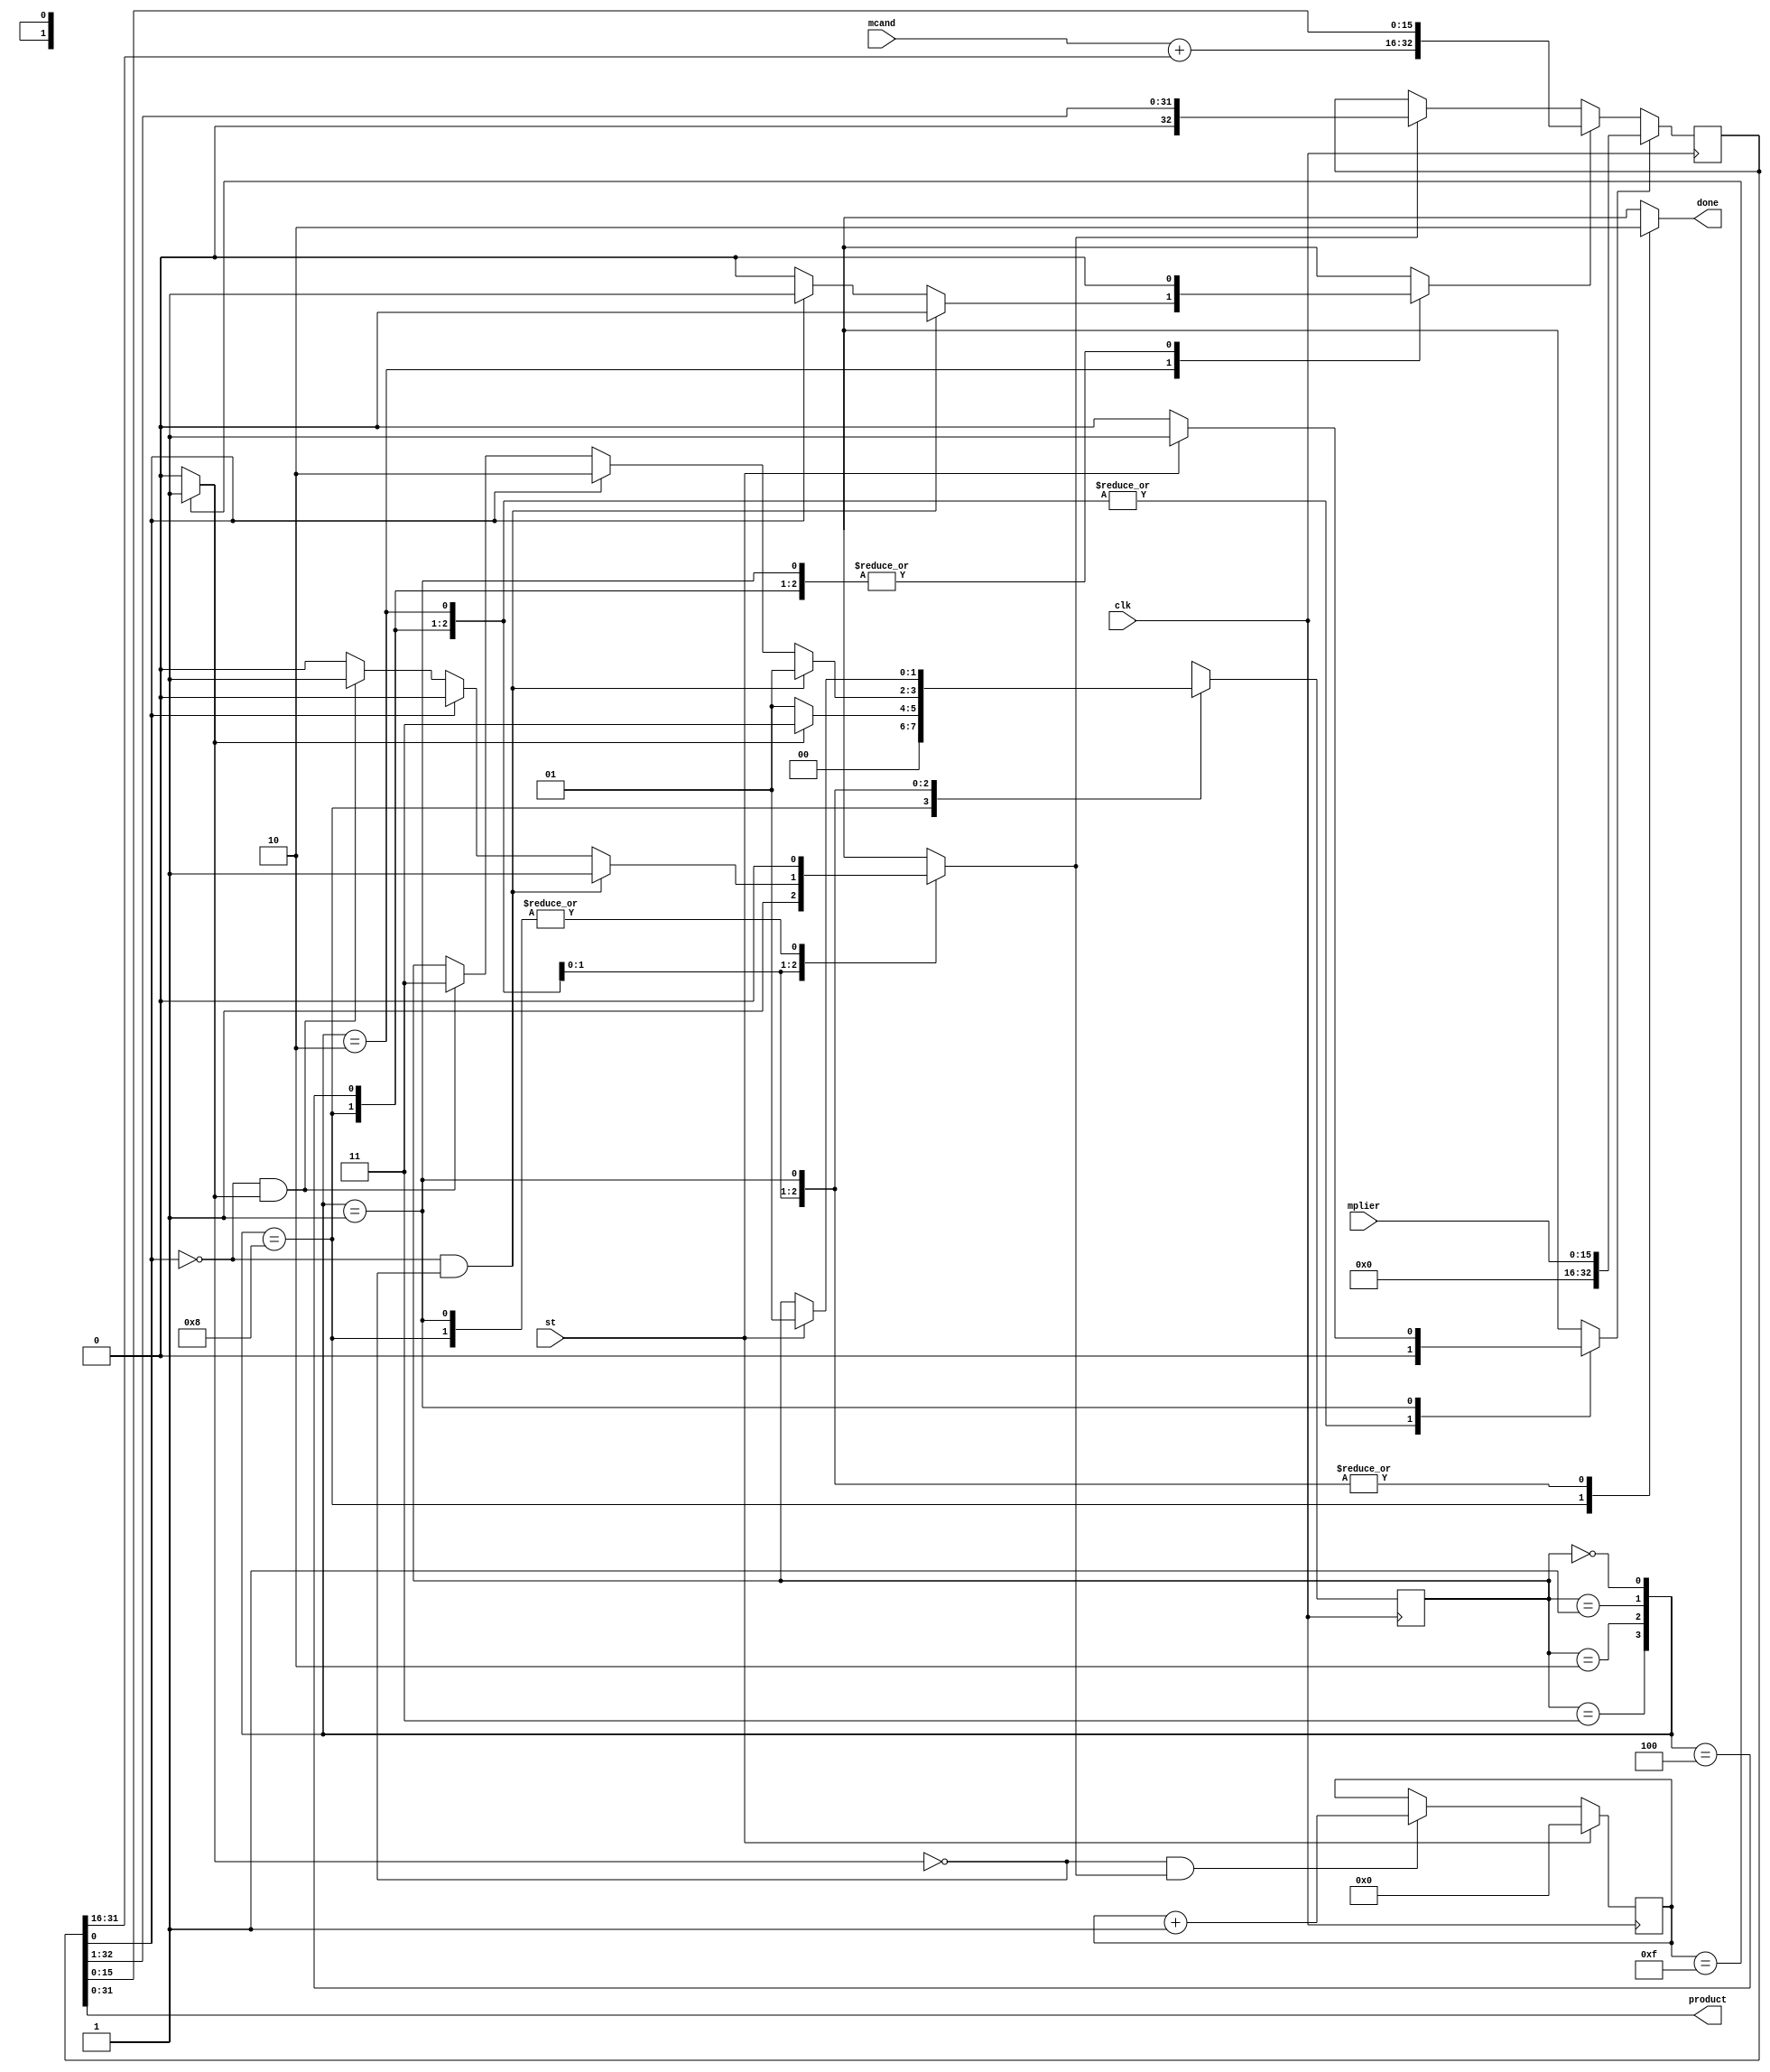
module mult_sec_nbits
  (input  clk,
   input  st,
   input  [15:0] mplier,
   input  [15:0] mcand,
   output done,
   output [31:0] product);
  wire [1:0] estado_act;
  wire [1:0] estado_sig;
  wire [4:0] cnt_act;
  wire [4:0] cnt_sig;
  wire k;
  wire m;
  wire [32:0] acu_act;
  wire [32:0] acu_sig;
  wire load;
  wire ad;
  wire sh;
  wire [16:0] suma;
  wire [15:0] acu_suma;
  wire n2_o;
  wire [15:0] n3_o;
  wire [31:0] n4_o;
  wire [16:0] n6_o;
  wire [16:0] n8_o;
  wire [16:0] n9_o;
  wire [31:0] n11_o;
  wire n13_o;
  wire n14_o;
  wire [4:0] n17_o;
  wire [31:0] n18_o;
  wire [31:0] n20_o;
  wire [4:0] n21_o;
  wire n22_o;
  wire n23_o;
  wire [4:0] n24_o;
  wire [1:0] n35_o;
  wire n38_o;
  wire n40_o;
  wire n41_o;
  wire n42_o;
  wire n43_o;
  wire n44_o;
  wire n45_o;
  wire [1:0] n47_o;
  wire n50_o;
  wire [1:0] n52_o;
  wire n55_o;
  wire n57_o;
  wire [1:0] n59_o;
  wire n61_o;
  wire n63_o;
  wire n65_o;
  wire n66_o;
  wire [1:0] n69_o;
  wire n71_o;
  wire n73_o;
  wire [3:0] n74_o;
  reg n78_o;
  reg [1:0] n82_o;
  reg n85_o;
  reg n89_o;
  reg n94_o;
  localparam [32:0] n99_o = 33'b000000000000000000000000000000000;
  wire [16:0] n100_o;
  wire [15:0] n101_o;
  wire [32:0] n102_o;
  wire [31:0] n103_o;
  wire [32:0] n105_o;
  wire [32:0] n106_o;
  wire [32:0] n107_o;
  wire [32:0] n108_o;
  wire [32:0] n109_o;
  reg [1:0] n111_q;
  reg [4:0] n112_q;
  reg [32:0] n113_q;
  assign done = n78_o;
  assign product = n4_o;
  /* src/mult_sec_nbits.vhdl:18:12  */
  assign estado_act = n111_q; // (signal)
  /* src/mult_sec_nbits.vhdl:18:24  */
  assign estado_sig = n82_o; // (signal)
  /* src/mult_sec_nbits.vhdl:19:12  */
  assign cnt_act = n112_q; // (signal)
  /* src/mult_sec_nbits.vhdl:19:21  */
  assign cnt_sig = n17_o; // (signal)
  /* src/mult_sec_nbits.vhdl:20:12  */
  assign k = n14_o; // (signal)
  /* src/mult_sec_nbits.vhdl:20:15  */
  assign m = n2_o; // (signal)
  /* src/mult_sec_nbits.vhdl:21:12  */
  assign acu_act = n113_q; // (signal)
  /* src/mult_sec_nbits.vhdl:21:21  */
  assign acu_sig = n109_o; // (signal)
  /* src/mult_sec_nbits.vhdl:22:12  */
  assign load = n85_o; // (signal)
  /* src/mult_sec_nbits.vhdl:22:18  */
  assign ad = n89_o; // (signal)
  /* src/mult_sec_nbits.vhdl:22:22  */
  assign sh = n94_o; // (signal)
  /* src/mult_sec_nbits.vhdl:23:12  */
  assign suma = n9_o; // (signal)
  /* src/mult_sec_nbits.vhdl:24:12  */
  assign acu_suma = n3_o; // (signal)
  /* src/mult_sec_nbits.vhdl:26:17  */
  assign n2_o = acu_act[0];
  /* src/mult_sec_nbits.vhdl:27:24  */
  assign n3_o = acu_act[31:16];
  /* src/mult_sec_nbits.vhdl:28:23  */
  assign n4_o = acu_act[31:0];
  /* src/mult_sec_nbits.vhdl:29:35  */
  assign n6_o = {1'b0, mcand};
  /* src/mult_sec_nbits.vhdl:29:61  */
  assign n8_o = {1'b0, acu_suma};
  /* src/mult_sec_nbits.vhdl:29:54  */
  assign n9_o = n6_o + n8_o;
  /* src/mult_sec_nbits.vhdl:32:28  */
  assign n11_o = {27'b0, cnt_act};  //  uext
  /* src/mult_sec_nbits.vhdl:32:28  */
  assign n13_o = n11_o == 32'b00000000000000000000000000001111;
  /* src/mult_sec_nbits.vhdl:32:14  */
  assign n14_o = n13_o ? 1'b1 : 1'b0;
  /* src/mult_sec_nbits.vhdl:33:18  */
  assign n17_o = st ? 5'b00000 : n24_o;
  /* src/mult_sec_nbits.vhdl:34:25  */
  assign n18_o = {27'b0, cnt_act};  //  uext
  /* src/mult_sec_nbits.vhdl:34:25  */
  assign n20_o = n18_o + 32'b00000000000000000000000000000001;
  /* src/mult_sec_nbits.vhdl:34:16  */
  assign n21_o = n20_o[4:0];  // trunc
  /* src/mult_sec_nbits.vhdl:34:51  */
  assign n22_o = ~k;
  /* src/mult_sec_nbits.vhdl:34:45  */
  assign n23_o = n22_o & sh;
  /* src/mult_sec_nbits.vhdl:33:34  */
  assign n24_o = n23_o ? n21_o : cnt_act;
  /* src/mult_sec_nbits.vhdl:59:17  */
  assign n35_o = st ? 2'b01 : estado_act;
  /* src/mult_sec_nbits.vhdl:59:17  */
  assign n38_o = st ? 1'b1 : 1'b0;
  /* src/mult_sec_nbits.vhdl:58:13  */
  assign n40_o = estado_act == 2'b00;
  /* src/mult_sec_nbits.vhdl:64:22  */
  assign n41_o = ~k;
  /* src/mult_sec_nbits.vhdl:64:34  */
  assign n42_o = ~m;
  /* src/mult_sec_nbits.vhdl:64:28  */
  assign n43_o = n42_o & n41_o;
  /* src/mult_sec_nbits.vhdl:70:37  */
  assign n44_o = ~m;
  /* src/mult_sec_nbits.vhdl:70:31  */
  assign n45_o = n44_o & k;
  /* src/mult_sec_nbits.vhdl:70:17  */
  assign n47_o = n45_o ? 2'b11 : estado_act;
  /* src/mult_sec_nbits.vhdl:70:17  */
  assign n50_o = n45_o ? 1'b1 : 1'b0;
  /* src/mult_sec_nbits.vhdl:67:17  */
  assign n52_o = m ? 2'b10 : n47_o;
  /* src/mult_sec_nbits.vhdl:67:17  */
  assign n55_o = m ? 1'b1 : 1'b0;
  /* src/mult_sec_nbits.vhdl:67:17  */
  assign n57_o = m ? 1'b0 : n50_o;
  /* src/mult_sec_nbits.vhdl:64:17  */
  assign n59_o = n43_o ? 2'b01 : n52_o;
  /* src/mult_sec_nbits.vhdl:64:17  */
  assign n61_o = n43_o ? 1'b0 : n55_o;
  /* src/mult_sec_nbits.vhdl:64:17  */
  assign n63_o = n43_o ? 1'b1 : n57_o;
  /* src/mult_sec_nbits.vhdl:63:13  */
  assign n65_o = estado_act == 2'b01;
  /* src/mult_sec_nbits.vhdl:76:22  */
  assign n66_o = ~k;
  /* src/mult_sec_nbits.vhdl:76:17  */
  assign n69_o = n66_o ? 2'b01 : 2'b11;
  /* src/mult_sec_nbits.vhdl:74:13  */
  assign n71_o = estado_act == 2'b10;
  /* src/mult_sec_nbits.vhdl:81:13  */
  assign n73_o = estado_act == 2'b11;
  assign n74_o = {n73_o, n71_o, n65_o, n40_o};
  /* src/mult_sec_nbits.vhdl:57:9  */
  always @*
    case (n74_o)
      4'b1000: n78_o = 1'b1;
      4'b0100: n78_o = 1'b0;
      4'b0010: n78_o = 1'b0;
      4'b0001: n78_o = 1'b0;
      default: n78_o = 1'bX;
    endcase
  /* src/mult_sec_nbits.vhdl:57:9  */
  always @*
    case (n74_o)
      4'b1000: n82_o = 2'b00;
      4'b0100: n82_o = n69_o;
      4'b0010: n82_o = n59_o;
      4'b0001: n82_o = n35_o;
      default: n82_o = 2'bX;
    endcase
  /* src/mult_sec_nbits.vhdl:57:9  */
  always @*
    case (n74_o)
      4'b1000: n85_o = 1'b0;
      4'b0100: n85_o = 1'b0;
      4'b0010: n85_o = 1'b0;
      4'b0001: n85_o = n38_o;
      default: n85_o = 1'bX;
    endcase
  /* src/mult_sec_nbits.vhdl:57:9  */
  always @*
    case (n74_o)
      4'b1000: n89_o = 1'b0;
      4'b0100: n89_o = 1'b0;
      4'b0010: n89_o = n61_o;
      4'b0001: n89_o = 1'b0;
      default: n89_o = 1'bX;
    endcase
  /* src/mult_sec_nbits.vhdl:57:9  */
  always @*
    case (n74_o)
      4'b1000: n94_o = 1'b0;
      4'b0100: n94_o = 1'b1;
      4'b0010: n94_o = n63_o;
      4'b0001: n94_o = 1'b0;
      default: n94_o = 1'bX;
    endcase
  assign n100_o = n99_o[32:16];
  /* src/mult_sec_nbits.vhdl:94:38  */
  assign n101_o = acu_act[15:0];
  /* src/mult_sec_nbits.vhdl:94:29  */
  assign n102_o = {suma, n101_o};
  /* src/mult_sec_nbits.vhdl:96:37  */
  assign n103_o = acu_act[32:1];
  /* src/mult_sec_nbits.vhdl:96:28  */
  assign n105_o = {1'b0, n103_o};
  /* src/mult_sec_nbits.vhdl:95:9  */
  assign n106_o = sh ? n105_o : acu_act;
  /* src/mult_sec_nbits.vhdl:93:9  */
  assign n107_o = ad ? n102_o : n106_o;
  assign n108_o = {n100_o, mplier};
  /* src/mult_sec_nbits.vhdl:90:9  */
  assign n109_o = load ? n108_o : n107_o;
  /* src/mult_sec_nbits.vhdl:40:9  */
  always @(posedge clk)
    n111_q <= estado_sig;
  /* src/mult_sec_nbits.vhdl:40:9  */
  always @(posedge clk)
    n112_q <= cnt_sig;
  /* src/mult_sec_nbits.vhdl:40:9  */
  always @(posedge clk)
    n113_q <= acu_sig;
endmodule